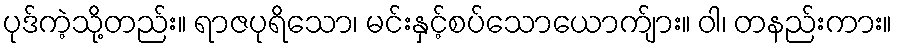
ပုဒ်ကဲ့သို့တည်း။ ရာဇပုရိသော၊ မင်းနှင့်စပ်သောယောက်ျား။ ဝါ၊ တနည်းကား။